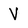
Character: V